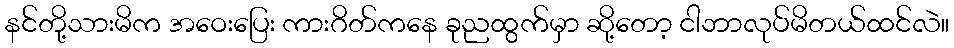
နင်တို့သားမိက အဝေးပြေး ကားဂိတ်ကနေ ခုညထွက်မှာ ဆို့တော့ ငါဘာလုပ်မိတယ်ထင်လဲ။